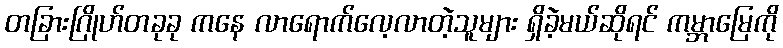
တခြားဂြိုဟ်တခုခု ကနေ လာရောက်လေ့လာတဲ့သူများ ရှိခဲ့မယ်ဆိုရင် ကမ္ဘာမြေကို